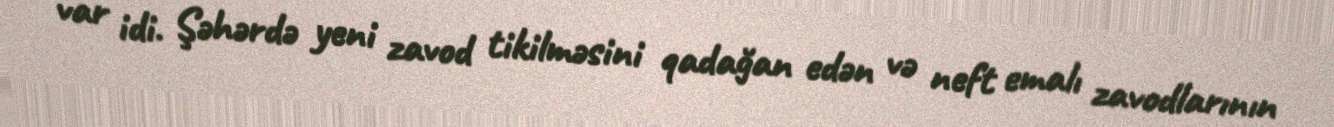
var idi. Şəhərdə yeni zavod tikilməsini qadağan edən və neft emalı zavodlarının